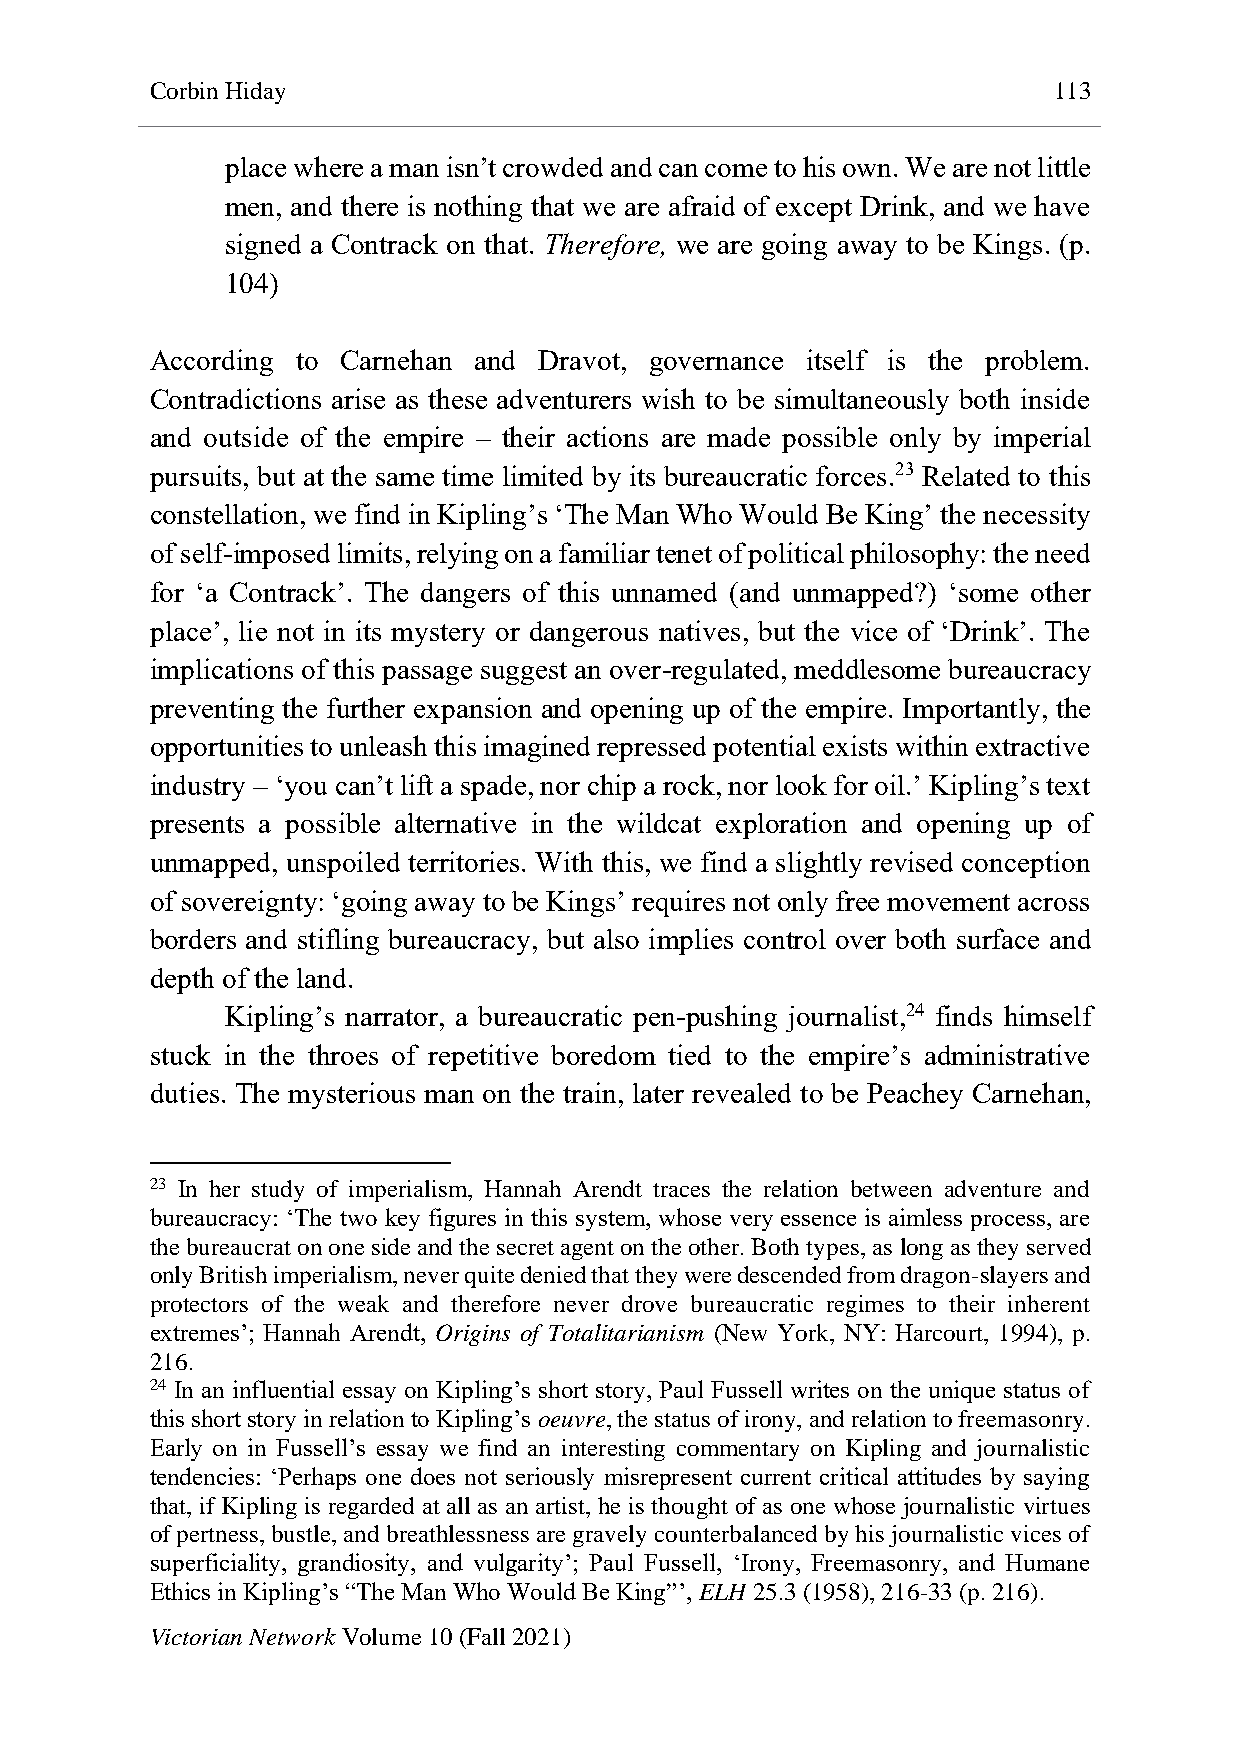
Corbin Hiday                                                113
 place where a man isn’t crowded and can come to his own. We are not little
 men, and there is nothing that we are afraid of except Drink, and we have
 signed a Contrack on that. Therefore, we are going away to be Kings. (p.
 104)
 According to Carnehan and Dravot, governance itself is the problem.
 Contradictions arise as these adventurers wish to be simultaneously both inside
 and outside of the empire – their actions are made possible only by imperial
 pursuits, but at the same time limited by its bureaucratic forces.23 Related to this
 constellation, we find in Kipling’s ‘The Man Who Would Be King’ the necessity
 of self-imposed limits, relying on a familiar tenet of political philosophy: the need
 for ‘a Contrack’. The dangers of this unnamed (and unmapped?) ‘some other
 place’, lie not in its mystery or dangerous natives, but the vice of ‘Drink’. The
 implications of this passage suggest an over-regulated, meddlesome bureaucracy
 preventing the further expansion and opening up of the empire. Importantly, the
 opportunities to unleash this imagined repressed potential exists within extractive
 industry – ‘you can’t lift a spade, nor chip a rock, nor look for oil.’ Kipling’s text
 presents a possible alternative in the wildcat exploration and opening up of
 unmapped, unspoiled territories. With this, we find a slightly revised conception
 of sovereignty: ‘going away to be Kings’ requires not only free movement across
 borders and stifling bureaucracy, but also implies control over both surface and
 depth of the land.
 Kipling’s narrator, a bureaucratic pen-pushing journalist,24 finds himself
 stuck in the throes of repetitive boredom tied to the empire’s administrative
 duties. The mysterious man on the train, later revealed to be Peachey Carnehan,
 23 In her study of imperialism, Hannah Arendt traces the relation between adventure and
 bureaucracy: ‘The two key figures in this system, whose very essence is aimless process, are
 the bureaucrat on one side and the secret agent on the other. Both types, as long as they served
 only British imperialism, never quite denied that they were descended from dragon-slayers and
 protectors of the weak and therefore never drove bureaucratic regimes to their inherent
 extremes’; Hannah Arendt, Origins of Totalitarianism (New York, NY: Harcourt, 1994), p.
 216.
 24 In an influential essay on Kipling’s short story, Paul Fussell writes on the unique status of
 this short story in relation to Kipling’s oeuvre, the status of irony, and relation to freemasonry.
 Early on in Fussell’s essay we find an interesting commentary on Kipling and journalistic
 tendencies: ‘Perhaps one does not seriously misrepresent current critical attitudes by saying
 that, if Kipling is regarded at all as an artist, he is thought of as one whose journalistic virtues
 of pertness, bustle, and breathlessness are gravely counterbalanced by his journalistic vices of
 superficiality, grandiosity, and vulgarity’; Paul Fussell, ‘Irony, Freemasonry, and Humane
 Ethics in Kipling’s “The Man Who Would Be King”’, ELH 25.3 (1958), 216-33 (p. 216).
 Victorian Network Volume 10 (Fall 2021)